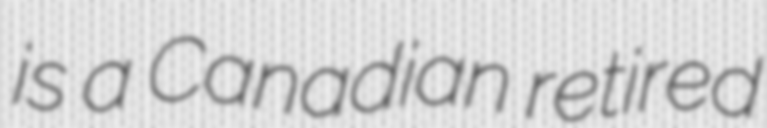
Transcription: is a Canadian retired